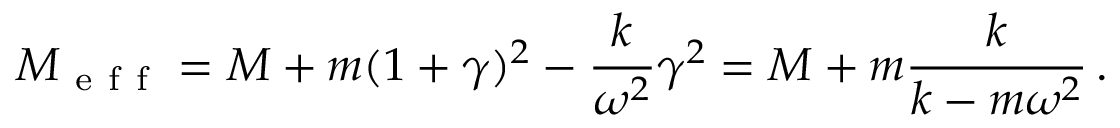
M _ { \mathrm { ~ e ~ f ~ f ~ } } = M + m ( 1 + \gamma ) ^ { 2 } - \frac { k } { \omega ^ { 2 } } \gamma ^ { 2 } = M + m \frac { k } { k - m \omega ^ { 2 } } \, .